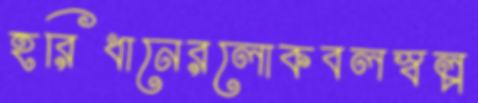
হরিধানেরলোকবলস্বল্প